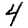
Digit: 4